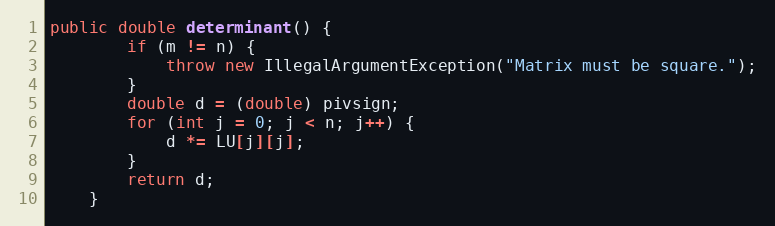
Language: Java
public double determinant() {
        if (m != n) {
            throw new IllegalArgumentException("Matrix must be square.");
        }
        double d = (double) pivsign;
        for (int j = 0; j < n; j++) {
            d *= LU[j][j];
        }
        return d;
    }